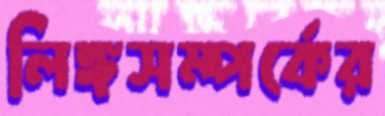
লিঙ্গসম্পর্কের